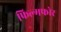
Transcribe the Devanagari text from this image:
फिल्मफोर